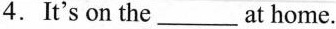
4.It's on the___at home.